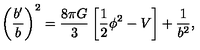
\left( { \frac { b ^ { \prime } } { b } } \right) ^ { 2 } = { \frac { 8 \pi G } { 3 } } \left[ { \frac { 1 } { 2 } } \phi ^ { 2 } - V \right] + { \frac { 1 } { b ^ { 2 } } } ,